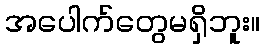
အပေါက်တွေမရှိဘူး။